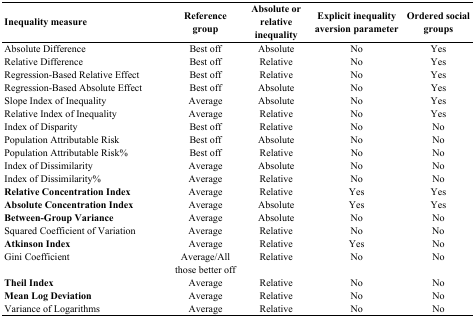
<table><thead><tr><td><b>Inequality measure</b></td><td><b>Reference group</b></td><td><b>Absolute or relative inequality</b></td><td><b>Explicit inequality aversion parameter</b></td><td><b>Ordered social groups</b></td></tr></thead><tbody><tr><td>Absolute Difference </td><td>Best off</td><td>Absolute</td><td>No</td><td>Yes</td></tr><tr><td>Relative Difference </td><td>Best off</td><td>Relative</td><td>No</td><td>Yes</td></tr><tr><td>Regression-Based Relative Effect </td><td>Best off</td><td>Relative</td><td>No</td><td>Yes</td></tr><tr><td>Regression-Based Absolute Effect </td><td>Best off</td><td>Absolute</td><td>No</td><td>Yes</td></tr><tr><td>Slope Index of Inequality </td><td>Average</td><td>Absolute</td><td>No</td><td>Yes</td></tr><tr><td>Relative Index of Inequality </td><td>Average</td><td>Relative</td><td>No</td><td>Yes</td></tr><tr><td>Index of Disparity </td><td>Best off</td><td>Relative</td><td>No</td><td>No</td></tr><tr><td>Population Attributable Risk </td><td>Best off</td><td>Absolute</td><td>No</td><td>No</td></tr><tr><td>Population Attributable Risk% </td><td>Best off</td><td>Relative</td><td>No</td><td>No</td></tr><tr><td>Index of Dissimilarity </td><td>Average</td><td>Absolute</td><td>No</td><td>No</td></tr><tr><td>Index of Dissimilarity% </td><td>Average</td><td>Relative</td><td>No</td><td>No</td></tr><tr><td><b>Relative Concentration Index</b></td><td>Average</td><td>Relative</td><td>Yes</td><td>Yes</td></tr><tr><td><b>Absolute Concentration Index</b></td><td>Average</td><td>Absolute</td><td>Yes</td><td>Yes</td></tr><tr><td><b>Between-Group Variance</b></td><td>Average</td><td>Absolute</td><td>No</td><td>No</td></tr><tr><td>Squared Coefficient of Variation </td><td>Average</td><td>Relative</td><td>No</td><td>No</td></tr><tr><td><b>Atkinson Index</b></td><td>Average</td><td>Relative</td><td>Yes</td><td>No</td></tr><tr><td>Gini Coefficient </td><td>Average/All those better off</td><td>Relative</td><td>No</td><td>No</td></tr><tr><td><b>Theil Index</b></td><td>Average</td><td>Relative</td><td>No</td><td>No</td></tr><tr><td><b>Mean Log Deviation</b></td><td>Average</td><td>Relative</td><td>No</td><td>No</td></tr><tr><td>Variance of Logarithms </td><td>Average</td><td>Relative</td><td>No</td><td>No</td></tr></tbody></table>